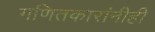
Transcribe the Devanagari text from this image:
गणितकारांनीही